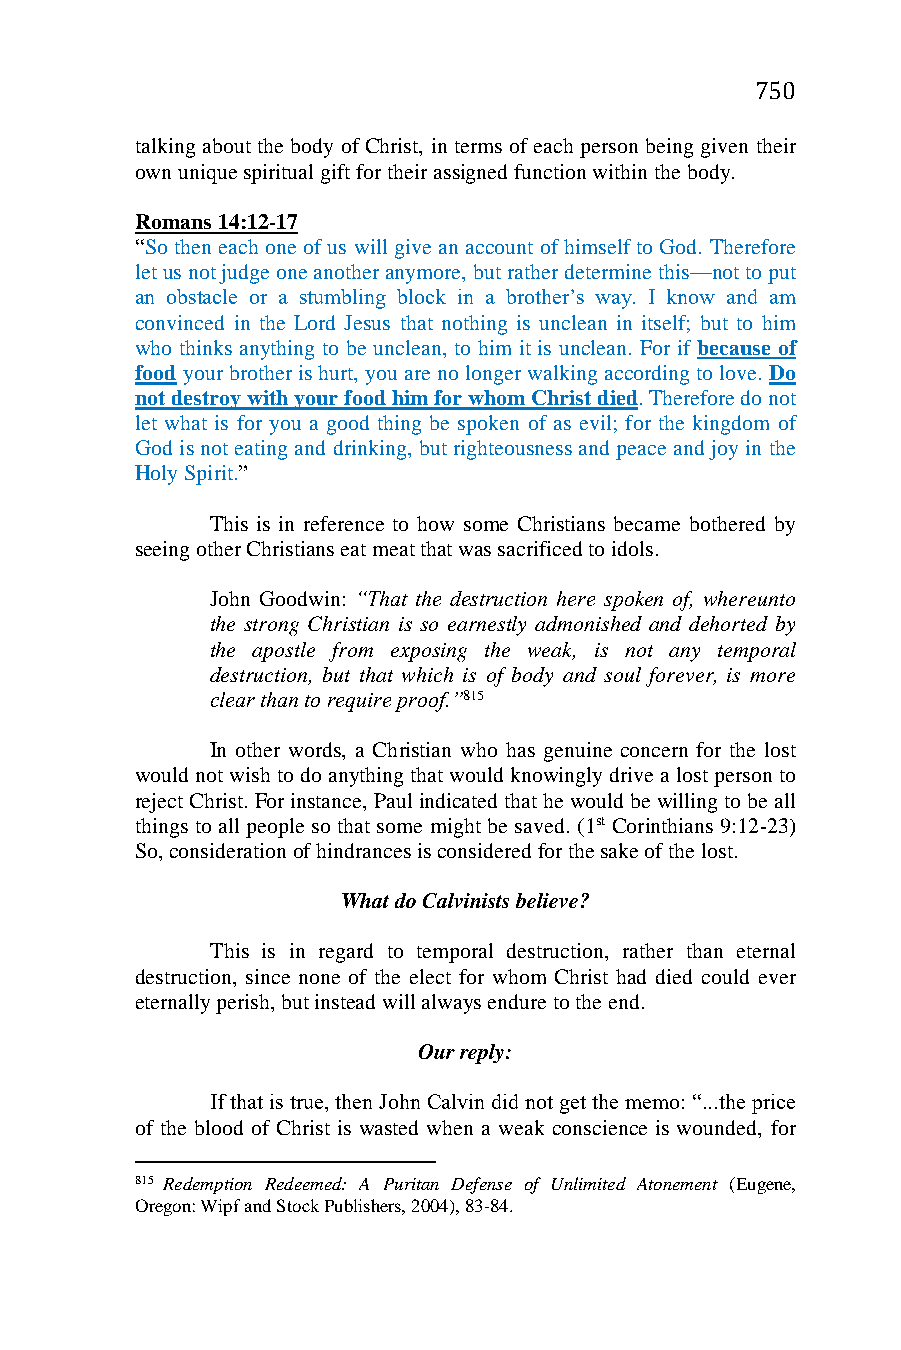
750
 talking about the body of Christ, in terms of each person being given their
 own unique spiritual gift for their assigned function within the body.
 Romans 14:12-17
 “So then each one of us will give an account of himself to God. Therefore
 let us not judge one another anymore, but rather determine this—not to put
 an obstacle or a stumbling block in a brother’s way. I know and am
 convinced in the Lord Jesus that nothing is unclean in itself; but to him
 who thinks anything to be unclean, to him it is unclean. For if because of
 food your brother is hurt, you are no longer walking according to love. Do
 not destroy with your food him for whom Christ died. Therefore do not
 let what is for you a good thing be spoken of as evil; for the kingdom of
 God is not eating and drinking, but righteousness and peace and joy in the
 Holy Spirit.”
 This is in reference to how some Christians became bothered by
 seeing other Christians eat meat that was sacrificed to idols.
 John Goodwin: “That the destruction here spoken of, whereunto
 the strong Christian is so earnestly admonished and dehorted by
 the apostle from exposing the weak, is not any temporal
 destruction, but that which is of body and soul forever, is more
 clear than to require proof.”815
 In other words, a Christian who has genuine concern for the lost
 would not wish to do anything that would knowingly drive a lost person to
 reject Christ. For instance, Paul indicated that he would be willing to be all
 things to all people so that some might be saved. (1st Corinthians 9:12-23)
 So, consideration of hindrances is considered for the sake of the lost.
 What do Calvinists believe?
 This is in regard to temporal destruction, rather than eternal
 destruction, since none of the elect for whom Christ had died could ever
 eternally perish, but instead will always endure to the end.
 Our reply:
 If that is true, then John Calvin did not get the memo: “...the price
 of the blood of Christ is wasted when a weak conscience is wounded, for
 815 Redemption Redeemed: A Puritan Defense of Unlimited Atonement (Eugene,
 Oregon: Wipf and Stock Publishers, 2004), 83-84.